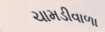
ચામડીવાળા